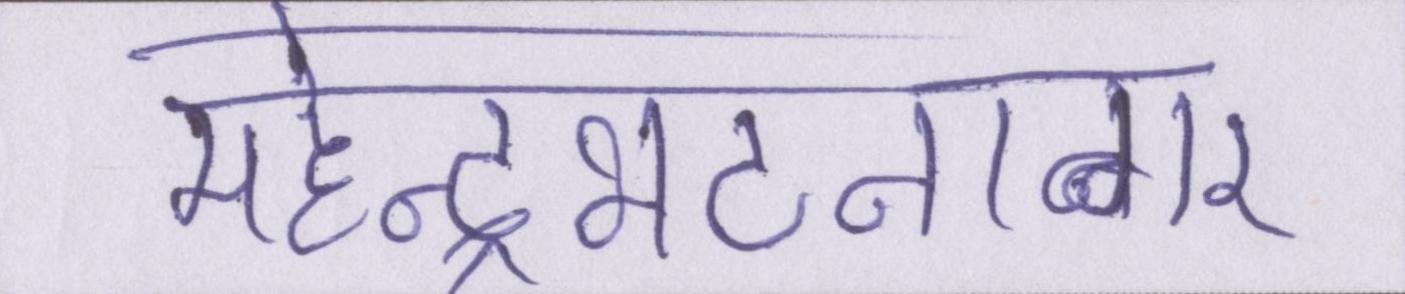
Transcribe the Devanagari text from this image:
महेन्द्रभटनागर